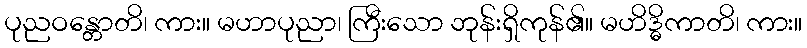
ပုညဝန္တောတိ၊ ကား။ မဟာပုညာ၊ ကြီးသော ဘုန်းရှိကုန်၏။ မဟိဒ္ဓိကာတိ၊ ကား။